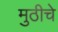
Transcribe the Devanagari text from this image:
मुठीचे